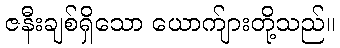
ဇနီးချစ်ရှိသော ယောက်ျားတို့သည်။